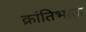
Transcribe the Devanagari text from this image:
क्रांतिभाऊ